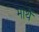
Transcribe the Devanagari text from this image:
मार्थे